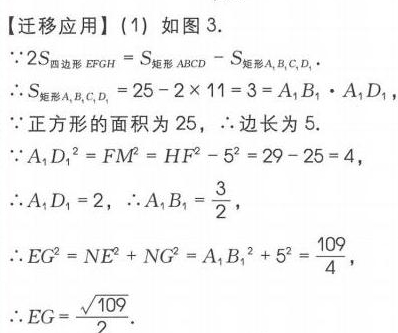
【迁移应用】(1) 如图3.
\(\because 2S_{四边形EFGH}=S_{矩形ABCD}-S_{矩形A_{1}B_{1}C_{1}D_{1}}.\)
\(\therefore S_{矩形A_{1}B_{1}C_{1}D_{1}} = 25 - 2\times11 = 3=A_{1}B_{1}\cdot A_{1}D_{1}.\)
\(\because\)正方形的面积为 \(25\)，\(\therefore\)边长为 \(5\).
\(\because A_{1}D_{1}^{2}=FM^{2}=HF^{2}-5^{2}=29 - 25 = 4,\)
\(\therefore A_{1}D_{1}=2\)，\(\therefore A_{1}B_{1}=\frac{3}{2}.\)
\(\therefore EG^{2}=NE^{2}+NG^{2}=A_{1}B_{1}^{2}+5^{2}=\frac{109}{4},\)
\(\therefore EG = \frac{\sqrt{109}}{2}.\)